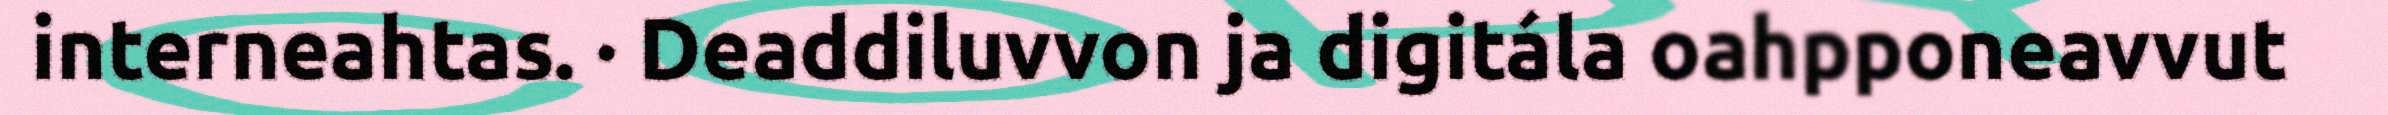
interneahtas. · Deaddiluvvon ja digitála oahpponeavvut